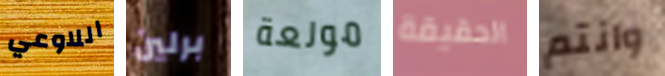
اللاوعي برلين مولعة الحقيقة وانتم